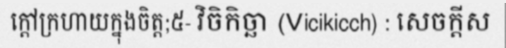
ក្តៅក្រហាយក្នុងចិត្ត;៥- វិចិកិច្ឆា (Vicikicch) : សេចក្តីស